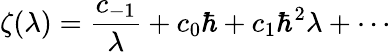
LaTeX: \zeta(\lambda)=\frac{c_{-1}}{\lambda}+c_{0}\hbar+c_{1}\hbar^{2}\lambda+\cdots